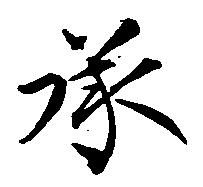
承